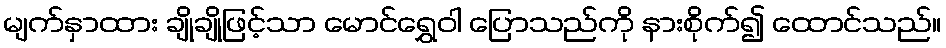
မျက်နှာထား ချိုချိုဖြင့်သာ မောင်ရွှေဝါ ပြောသည်ကို နားစိုက်၍ ထောင်သည်။